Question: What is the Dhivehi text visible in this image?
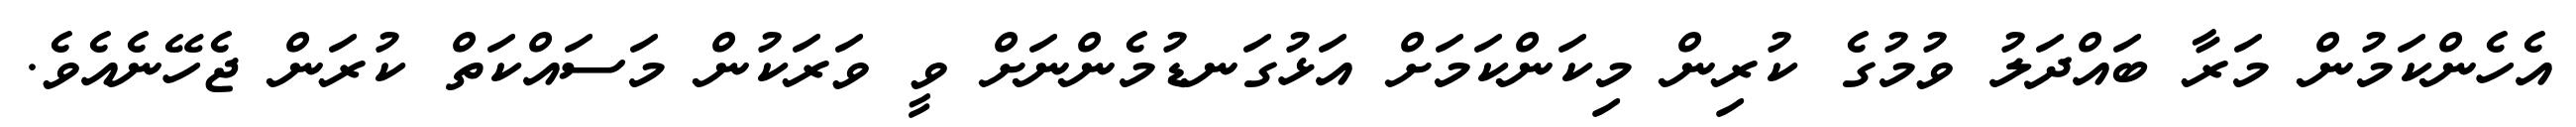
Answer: އެހެންކަމުން މަރާ ބައްދަލު ވުމުގެ ކުރިން މިކަންކަމަށް އަޅުގަނޑުމެންނަށް ވީ ވަރަކުން މަސައްކަތް ކުރަން ޖެހޭނެއެވެ.